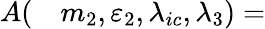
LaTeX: \begin{array}{rl}{A(}&{{}m_{2},\varepsilon_{2},\lambda_{ic},\lambda_{3})=}\end{array}